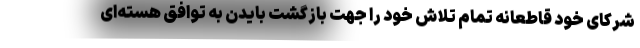
شرکای خود قاطعانه تمام تلاش خود را جهت بازگشت بایدن به توافق هسته‌ای